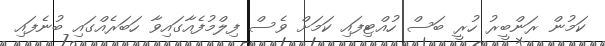
ކަމުން ރަންބީރު ހުރީ ބަސް ހުއްޓިފައި ކަމަށް ވެސް ފިލްމުފެއާގައިވާ ހަބަރެއްގައި ބުނެފައި